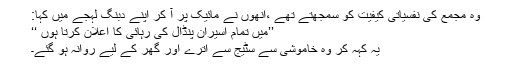
وہ مجمع کی نفسیاتی کیفیت کو سمجھتے تھے ،انھوں نے مائیک پر آ کر اپنے دبنگ لہجے میں کہا:
’’میں تمام اسیران پنڈال کی رہائی کا اعلان کرتا ہوں ‘‘
یہ کہہ کر وہ خاموشی سے سٹیج سے اترے اور گھر کے لیے روانہ ہو گئے۔